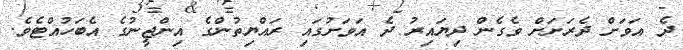
ދެ އަވަށް ދެރަށަށް ވެގެން ދިޔައިރު ދެ އަވަށުގައި ރައްޔިތުންގެ އިންޖީނުގެ އެބަހުއްޓެވެ.